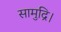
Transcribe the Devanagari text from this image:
सामुद्रि।